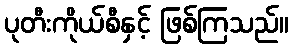
ပုတီးကိုယ်စီနှင့် ဖြစ်ကြသည်။